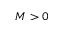
M > 0